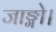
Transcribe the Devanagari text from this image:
जाङ्गो।